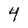
Character: 4